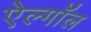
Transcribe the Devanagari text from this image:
ऐल्गॉल